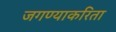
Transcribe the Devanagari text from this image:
जगण्याकरिता